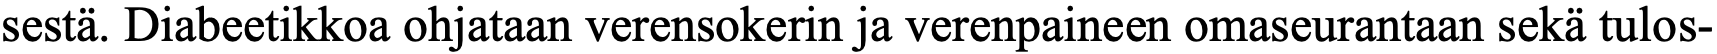
sestä. Diabeetikkoa ohjataan verensokerin ja verenpaineen omaseurantaan sekä tulos-